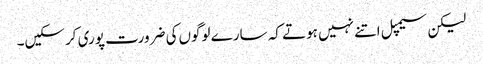
لیکن سیمپل اتنے نہیں ہوتے کہ سارے لوگوں‌کی ضرورت پوری کرسکیں۔